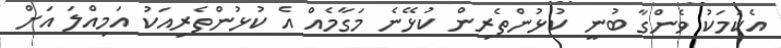
އެކަމަކު ވެންގާ ބުނީ ކުޅުންތެރިން ކުޅޭނެ މަގާމެއް އެ ކުޅުންތެރިއަކު އަމިއްލަ އަށް